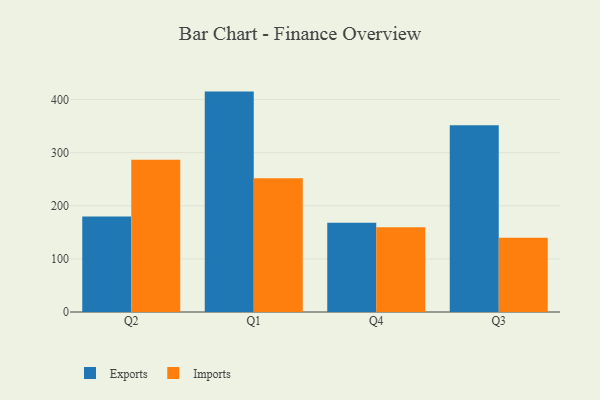
{"axis": {"x": "Quarter", "y": "Conversion Rate (%)"}, "legend": ["Exports", "Imports"], "data": [{"x": "Q2", "y": 179.6, "type": "Exports"}, {"x": "Q2", "y": 286.8, "type": "Imports"}, {"x": "Q1", "y": 415.0, "type": "Exports"}, {"x": "Q1", "y": 251.9, "type": "Imports"}, {"x": "Q4", "y": 168.1, "type": "Exports"}, {"x": "Q4", "y": 159.5, "type": "Imports"}, {"x": "Q3", "y": 351.8, "type": "Exports"}, {"x": "Q3", "y": 139.7, "type": "Imports"}]}